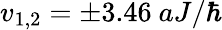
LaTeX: v_{1,2}=\pm 3.46~aJ/\hbar